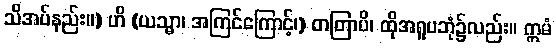
သိအပ်နည်း။) ဟိ (ယသ္မာ၊ အကြင်ကြောင့်၊) တတြာပိ၊ ထိုအရူပဘုံ၌လည်း။ ဣမံ